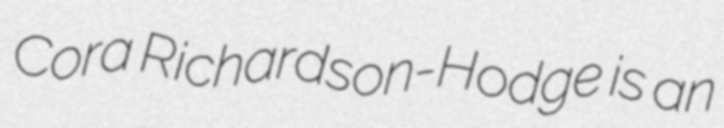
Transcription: Cora Richardson-Hodge is an